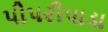
પીપરીપાડા